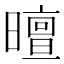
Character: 𣋊